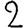
Digit: 2